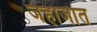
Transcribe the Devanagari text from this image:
जहाजांत